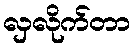
လှလိုက်တာ